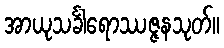
အာယုသင်္ခါရောဿဇ္ဇနသုတ်။